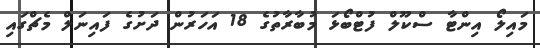
މައިލޯ އިންޓާ ސްކޫލް ފުޓްބޯޅަ މުބާރާތުގެ 18 އަހަރުން ދަށުގެ ފައިނަލް މެޗްގައި